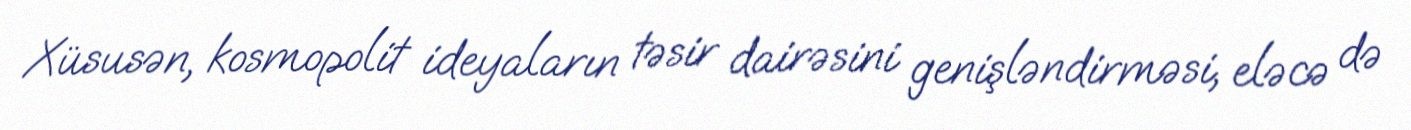
Xüsusən, kosmopolit ideyaların təsir dairəsini genişləndirməsi, eləcə də